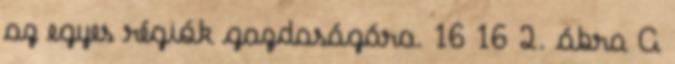
az egyes régiók gazdaságára. 16 16 2. ábra A